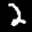
Label: 2